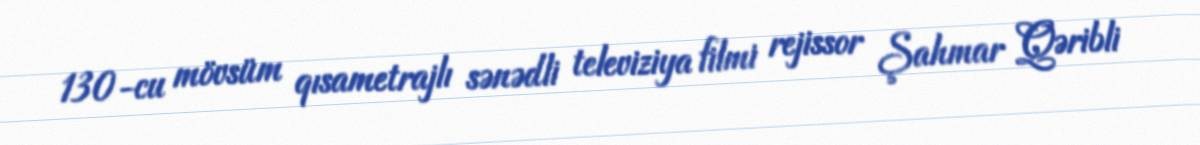
130-cu mövsüm qısametrajlı sənədli televiziya filmi rejissor Şahmar Qəribli